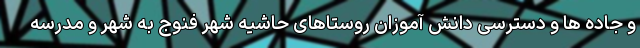
و جاده ها و دسترسی دانش آموزان روستاهای حاشیه شهر فنوج به شهر و مدرسه